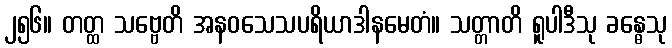
၂၅၆။ တတ္ထ သဗ္ဗေတိ အနဝသေသပရိယာဒါနမေတံ။ သတ္တာတိ ရူပါဒီသု ခန္ဓေသု